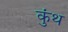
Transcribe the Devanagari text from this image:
कुंथ